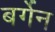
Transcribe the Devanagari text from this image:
बर्गेन